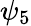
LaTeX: \psi_{5}